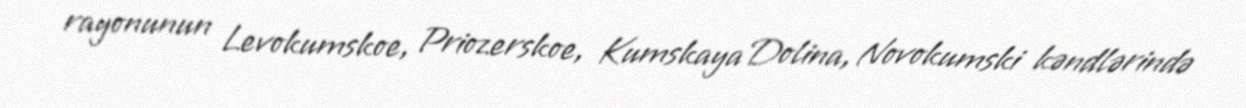
rayonunun Levokumskoe, Priozerskoe, Kumskaya Dolina, Novokumski kəndlərində